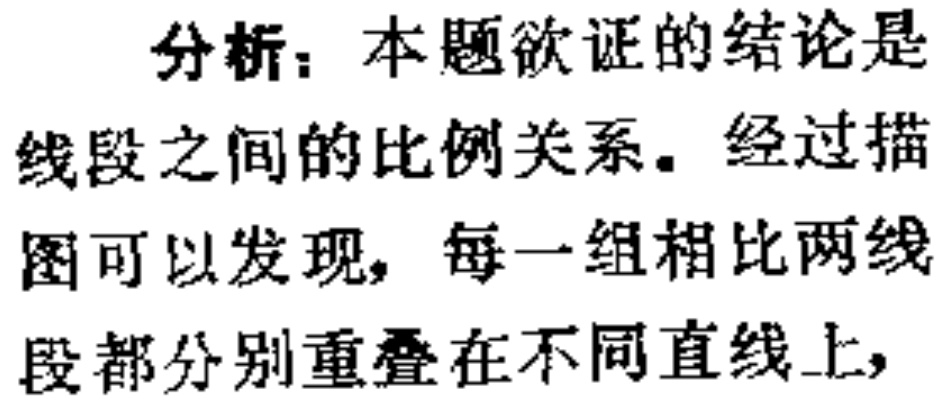
分析：本题欲证的结论是
线段之间的比例关系。经过描
图可以发现，每一组相比两线
段都分别重叠在不同直线上，